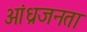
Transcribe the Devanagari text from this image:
आंध्रजनता